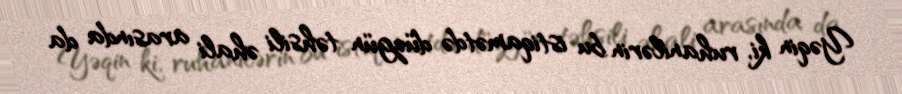
Yəqin ki, ruhanilərin bu istiqamətdə düzgün təhsili əhali arasında da